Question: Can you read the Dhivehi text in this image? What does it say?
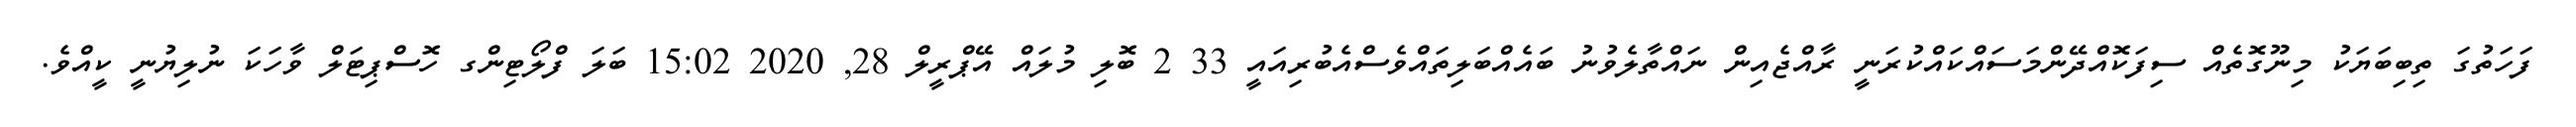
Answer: ފަހަތުގަ ތިބިބަޔަކު މިނޫގޮތެއް ސިފަކޮއްދޭންމަސައްކައްކުރަނީ ރާއްޖެއިން ނައްތާލެވުނު ބައެއްބަލިތައްވެސްއެބުރިއައީ 33 2 ބޮލި މުލައް އޭޕްރީލް 28, 2020 15:02 ބަލަ ފްލޯޓިންގ ހޮސްޕިޓަލް ވާހަކަ ނުލިޔުނީ ކީއްވެ.